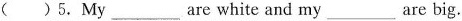
( ) 5.My___are white and my are big.